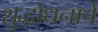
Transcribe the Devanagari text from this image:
शुद्धोधनाचे